Annual report on the working of the mental hospitals in the Madras Presidency - 1912-1932
Year: 1912
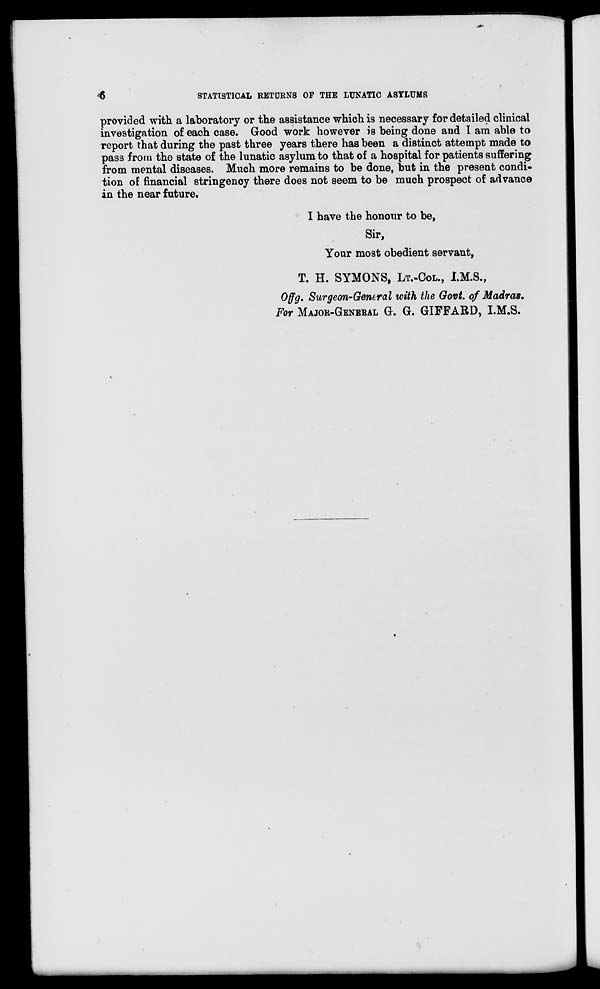
6
STATISTICAL RETURNS OF THE LUNATIC ASYLUMS
provided with a laboratory or the assistance which is necessary for detailed clinical
investigation of each case. Good work however is being done and I am able to
report that during the past three years there has been a distinct attempt made to
pass from the state of the lunatic asylum to that of a hospital for patients suffering
from mental diseases. Much more remains to be done, but in the present condi-
tion of financial stringency there does not seem to be much prospect of advance
in the near future.
I have the honour to be,
Sir,
Your most obedient servant,
T. H. SYMONS, LT.-COL., I.M.S.,
Offg. Surgeon-General with the Govt. of Madras.
For MAJOR-GENERAL G. G. GIFFARD, I.M.S.